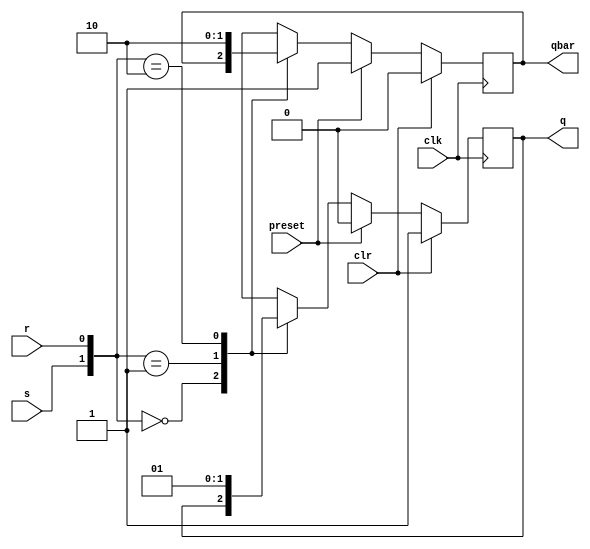
`timescale 1ns / 1ps
//////////////////////////////////////////////////////////////////////////////////
// Company: 
// Engineer: 
// 
// Design Name: 
// Module Name: srflip_flop_syn
// Project Name: 
// Target Devices: 
// Tool Versions: 
// Description: 
// 
// Dependencies: 
// 
// Revision:
// Revision 0.01 - File Created
// Additional Comments:
// 
//////////////////////////////////////////////////////////////////////////////////


module srflip_flop_syn(output reg q,qbar, input s,r,clk,clr,preset);
        always @(posedge clk)
            if (clr==1'b1)
            begin q<=1'b1; qbar<=1'b0; end
            else 
            if (preset==1'b1)
            begin q<=1'b0; qbar<=1'b1; end
            else
            case ({s,r})
                2'b00: begin q<=q; qbar<=qbar; end
                2'b01: begin q<=1'b0; qbar<=1'b1; end
                2'b10: begin q<=1'b1; qbar<=1'b0; end
                2'b11: begin q<=1'bx; qbar<=1'bx; end
            default : {q,qbar}<=2'bxx;
            endcase
endmodule